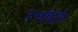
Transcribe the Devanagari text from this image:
रसोईये